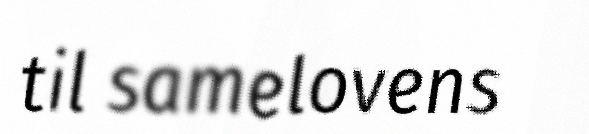
til samelovens